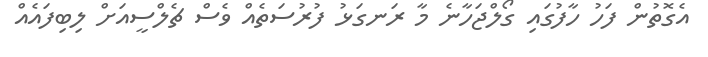
އެގޮތުން ފަހު ހާފުގައި ގޯލްޖަހާނެ މާ ރަނގަޅު ފުރުސަތެއް ވެސް ޗެލްސީއަށް ލިބިފައެއް